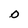
Character: O